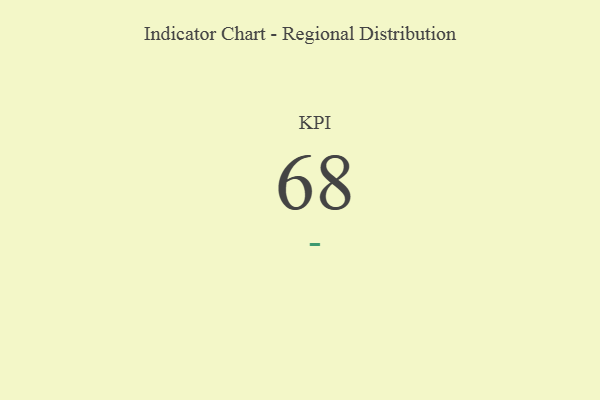
{"axis": {"x": "KPI", "y": "Value"}, "legend": [""], "data": [{"x": "KPI", "y": 68, "type": ""}]}